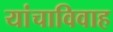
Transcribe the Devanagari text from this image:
यांचाविवाह